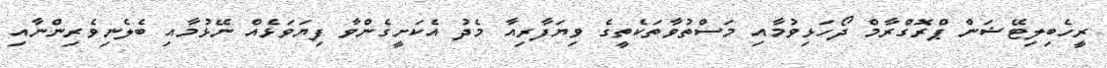
ރީހެބިލިޓޭޝަން ޕްރޮގްރާމް ދޯހަޅިވުމާއި މަސްތުވާތަކެތީގެ ވިޔަފާރިއާ މެދު އެކަށީގެންވާ ފިޔަވަޅެއް ނޭޅުމާއި ބެލެނިވެރިންނާއި